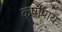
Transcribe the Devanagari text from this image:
कर्षापाय